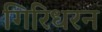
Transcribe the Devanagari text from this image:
गिरिधरन